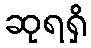
ဆုရရှိ